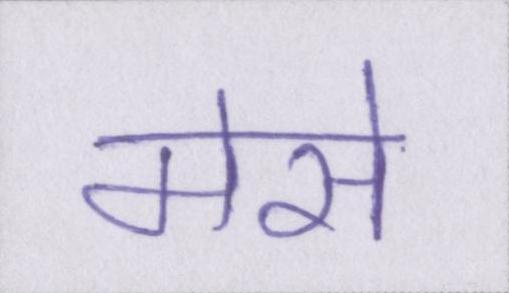
मेसे